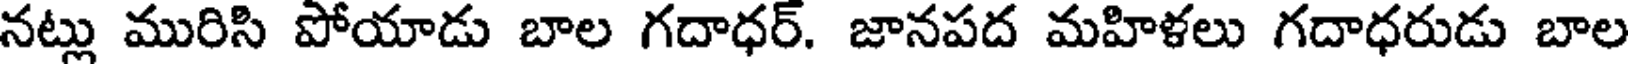
నట్లు మురిసి పోయాడు బాల గదాధర్. జానపద మహిళలు గదాధరుడు బాల